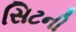
સિટની